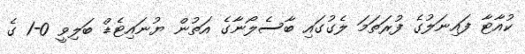
ކުއާޓާ ފައިނަލުގެ ފުރަތަމަ ލެގުގައި ބާސެލޯނާގެ އަތުން ޔުނައިޓެޑް ބަލިވީ 0-1 ގެ